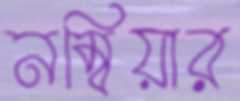
নম্বিয়ার